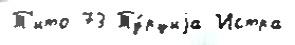
Т'ито 73 Ту́рциjа Истра